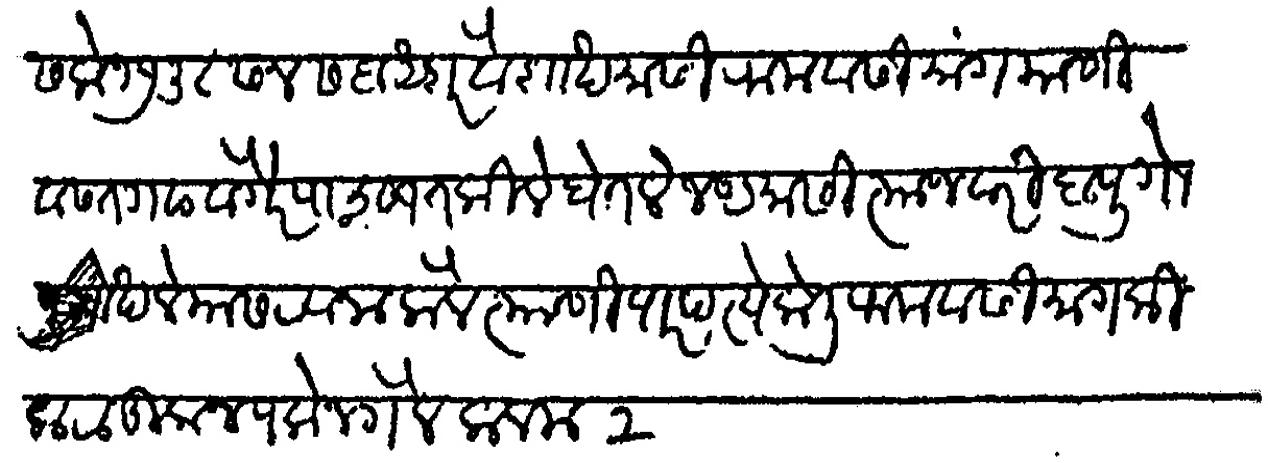
Transliteration (Devanagari): शके १७३८ ई १८१६ सन सबा अशर वैशाख मासी रामवंसी (रामोशी) मांग याणी वसंतगड वगैरे पाचसात किले घेतले जष्ठमासी त्याजवरी बापू गोखले यास रवाना केले त्याणी पारपत्ये केली रामवसी माग किला टाकून पलोन गेले कलम २